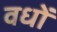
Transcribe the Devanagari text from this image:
वधों